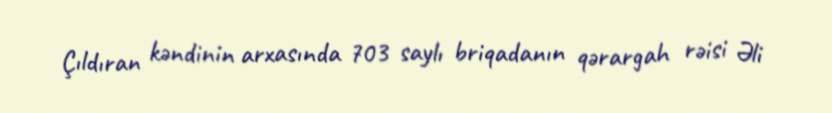
Çıldıran kəndinin arxasında 703 saylı briqadanın qərargah rəisi Əli